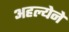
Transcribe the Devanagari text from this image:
अहल्येने